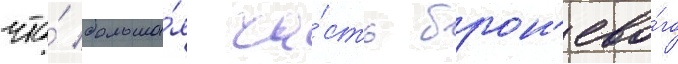
что́ больша́я ча́сть брон'ево́го